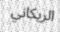
الريكاني